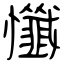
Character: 懺